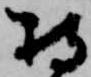
持